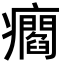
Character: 㿕